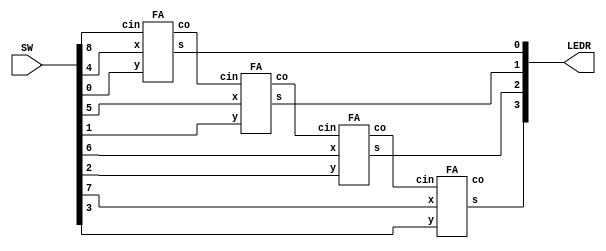
module part2(SW, LEDR);	
	// input switches and output LEDs
	input [9:0] SW;
	output [9:0] LEDR;
	
	// wires for carry bits
	wire w0, w1, w2;
	
	// Ripple carry adder module = 4 full adders connected by wires w0,w1,w2
	FA A0(.cin(SW[8]), .x(SW[4]), .y(SW[0]), .co(w0), .s(LEDR[0]));
	FA A1(.cin(w0), .x(SW[5]), .y(SW[1]), .co(w1), .s(LEDR[1]));
	FA A2(.cin(w1), .x(SW[6]), .y(SW[2]), .co(w2), .s(LEDR[2]));
	FA A3(.cin(w2), .x(SW[7]), .y(SW[3]), .co(LEDR[9]), .s(LEDR[3]));
endmodule

// Full Adder module
module FA(input cin,x,y, output co,s);
	assign co = cin&x | cin&y | x&y; // carry bit
	assign s = (cin^x)^y; //sum bit
endmodule